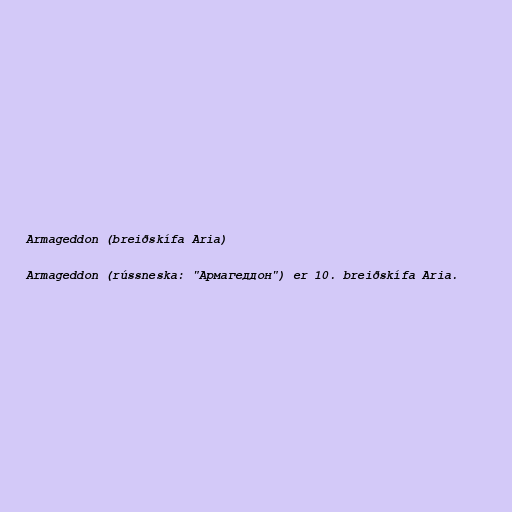
Armageddon (breiðskífa Aria)

Armageddon (rússneska: "Армагеддон") er 10. breiðskífa Aria.